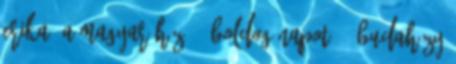
Erika: A magyar ház 14 Boldog napot 50 Budaházy